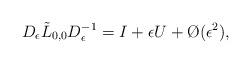
LaTeX: \begin{align*} D_\epsilon \tilde{L}_{0,0} D_\epsilon^{-1} = I + \epsilon U + \O(\epsilon^2), \end{align*}